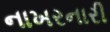
નાખરનારી